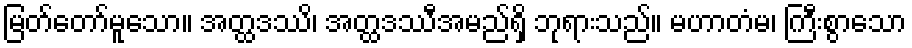
မြတ်တော်မူသော။ အတ္ထဒဿိ၊ အတ္ထဒဿီအမည်ရှိ ဘုရားသည်။ မဟာတံမ၊ ကြီးစွာသော